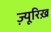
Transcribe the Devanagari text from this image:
ज्यू़रिख़